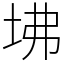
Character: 坲